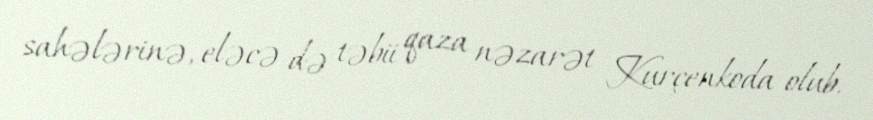
sahələrinə, eləcə də təbii qaza nəzarət Kurçenkoda olub.